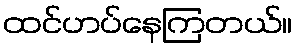
ထင်ဟပ်နေကြတယ်။